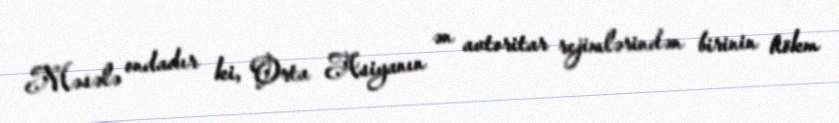
Məsələ ondadır ki, Orta Asiyanın ən avtoritar rejimlərindən birinin hökm